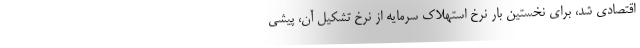
اقتصادی شد، برای نخستین بار نرخ استهلاک سرمایه از نرخ تشکیل آن، پیشی